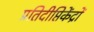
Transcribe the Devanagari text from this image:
प्रतिदीप्तिकेंद्रों